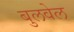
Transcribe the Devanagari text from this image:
बुलवेल